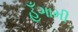
હઁગામી